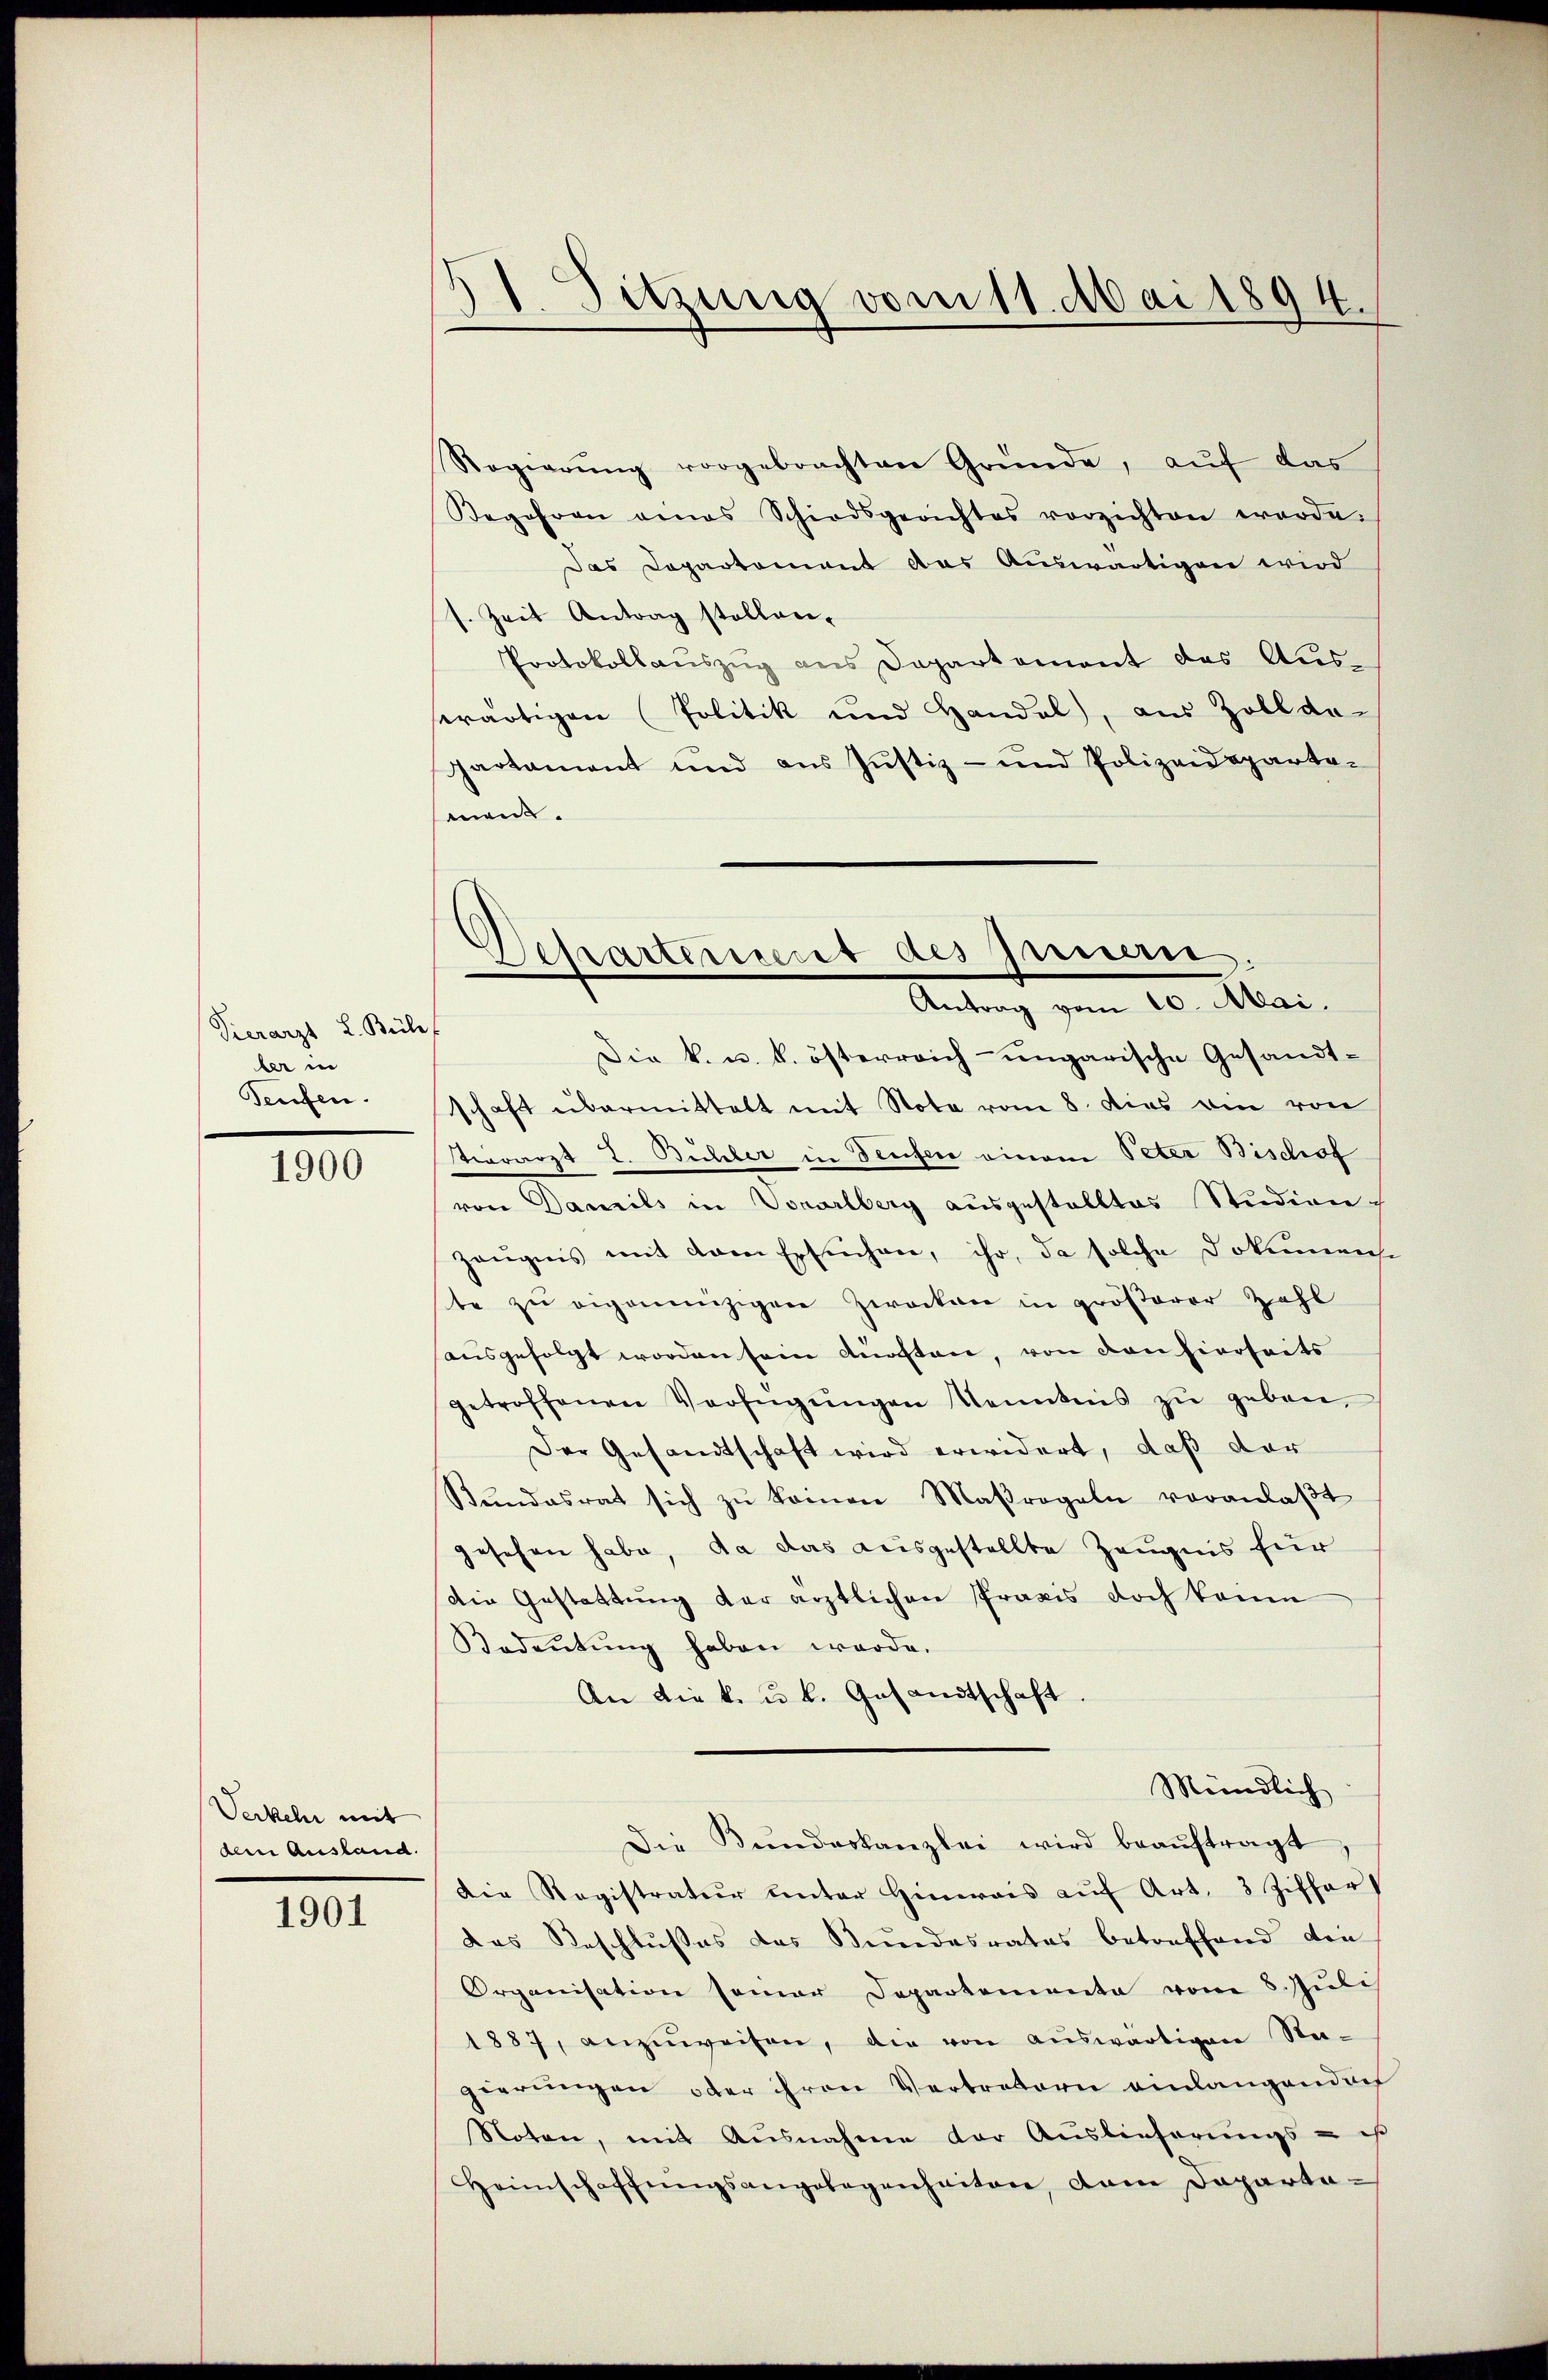
Tierarzt L. Beile
ber in
Teufen.

1900

Verkehr mit
dere Ausland.

1901

21. Sitzung vom 11. Mai 1894.

Separtement des Innen
Antrag vom 10. Mai.

Regierung vorgebrachten Gründe, auf das
Begehren eines Schiedsgerichtes vorzichten worde.
Das Departement das Auswärtigen wird
s. Zeit Antrag stellen.
Protokollaŭszŭg ans Departement das Aŭs-
serartigen Politik und Handel, aus Zollde-
Partament und aus Justiz- und Polizeideparta-
ment.
Die k. u. k. österreich-ungarische Gesandtschaft übermittelt mit Note vom 8. dies ein von
terarzt J. Büchler in Teufer einem Peter Bischof
von Daneils in Vorarlberg ausgestelltes Studien
Zeugnis mit dem Ersuchen, ihr, da solche Dokumense
te zu eigenenzigen Zwecken in größerer Zahl
ausgefolgt worden sein anften, von den hierseits
getroffenen Verfügŭngen Kenntnis zŭ geben,
Der Gesandtschaft wird erwidert, daß der
Stŭndesrat sich zŭ keinen Maßregeln veranlaβt
gesehen habe, da das ausgestellte Zeugnis für
die Gestattung der ärztlichen Praxis doch kann
Bedeutung haben werde.
An die k. u. k. Gesandtschaft.
Mündlich
Die Bŭndeskanzlei wird beaŭftragt,
Die Registratur unter Hinweis aŭf Art. 3 Ziffer
das Reschlusses das Stundesrates betreffend den
Organisation seiner Departemente vom 8. Juli
1887, anzŭweisen, die von aŭswärtigen Sta-
gierŭngen oder ihren Vertretern einlangendech
Noten, mit Ausnahme der Auslieferŭngs- ist
Heimschaffŭngsangelegenheiten, dem Departe¬